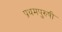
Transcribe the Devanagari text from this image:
प्रथमपुरुषी